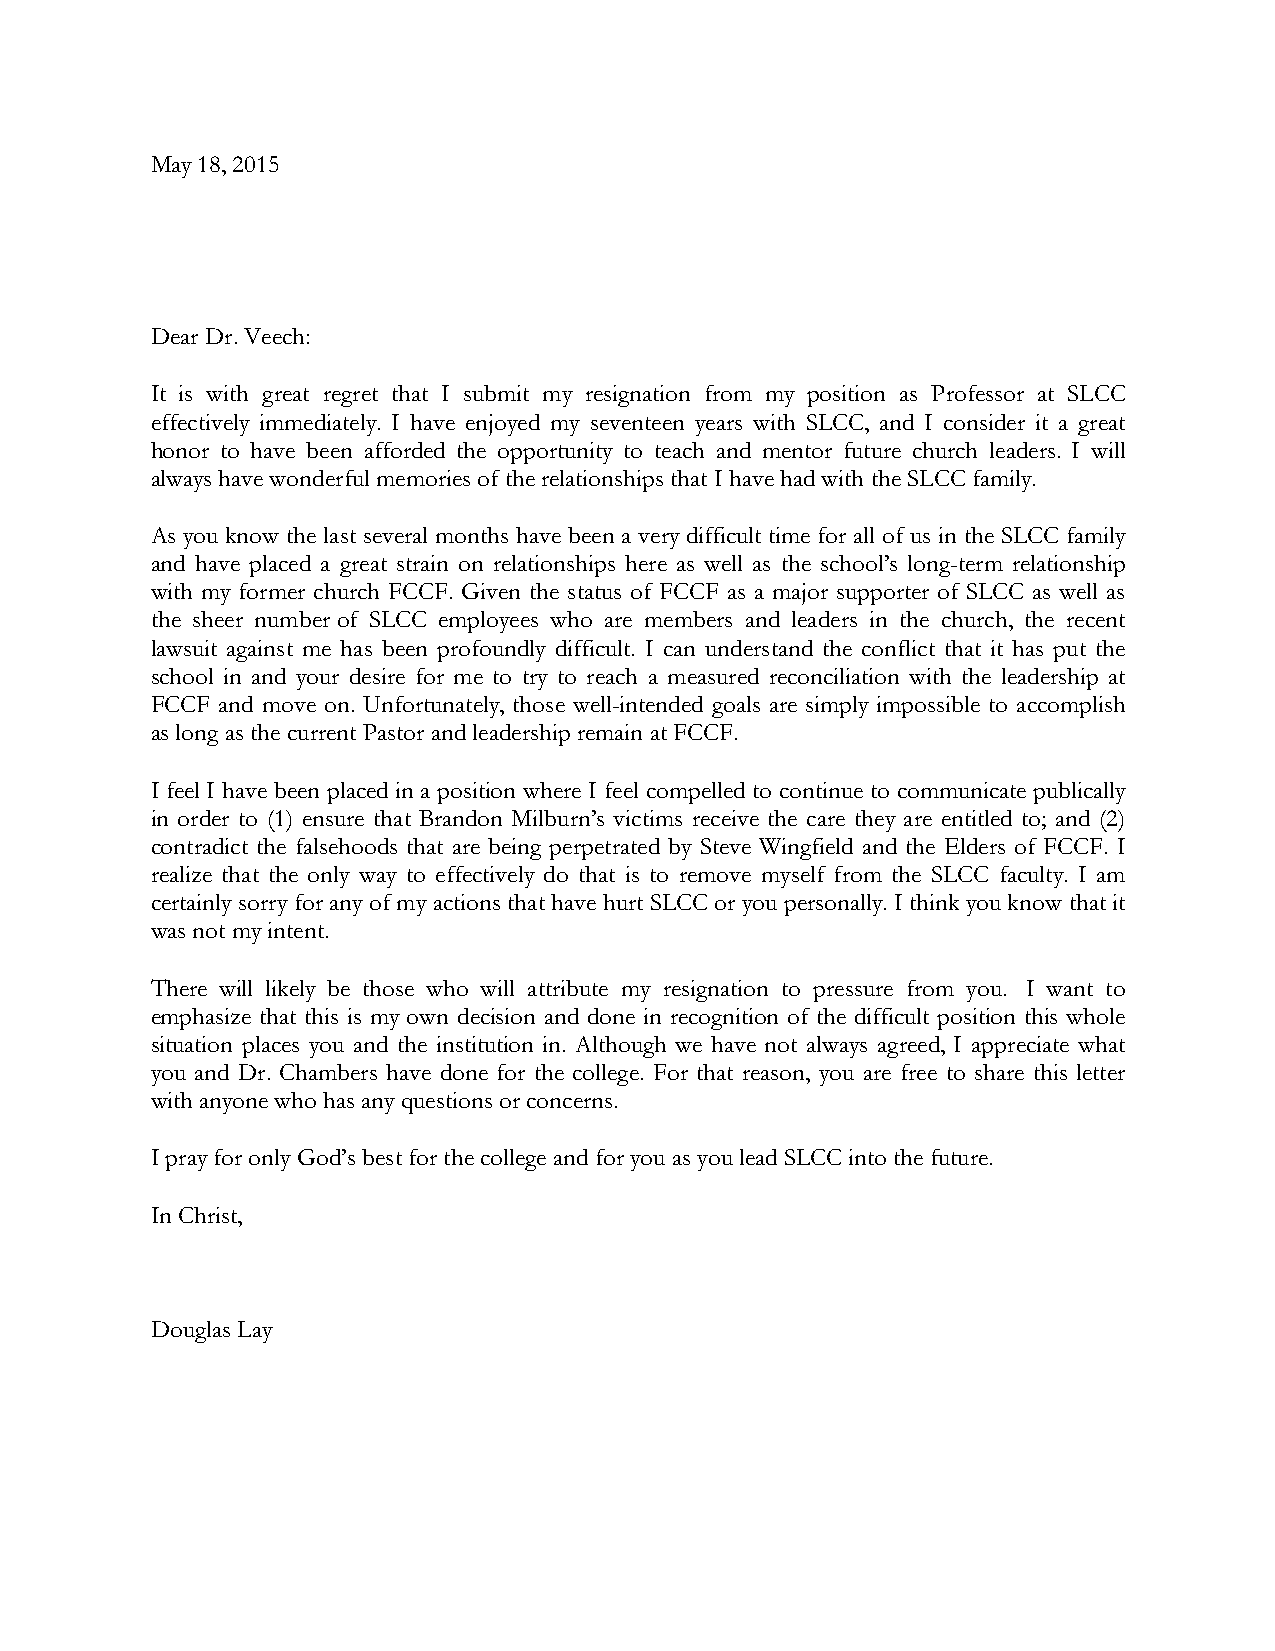
May 18, 2015
 Dear Dr. Veech:
 It is with great regret that I submit my resignation from my position as Professor at SLCC
 effectively immediately. I have enjoyed my seventeen years with SLCC, and I consider it a great
 honor to have been afforded the opportunity to teach and mentor future church leaders. I will
 always have wonderful memories of the relationships that I have had with the SLCC family.
 As you know the last several months have been a very difficult time for all of us in the SLCC family
 and have placed a great strain on relationships here as well as the school’s long-term relationship
 with my former church FCCF. Given the status of FCCF as a major supporter of SLCC as well as
 the sheer number of SLCC employees who are members and leaders in the church, the recent
 lawsuit against me has been profoundly difficult. I can understand the conflict that it has put the
 school in and your desire for me to try to reach a measured reconciliation with the leadership at
 FCCF and move on. Unfortunately, those well-intended goals are simply impossible to accomplish
 as long as the current Pastor and leadership remain at FCCF.
 I feel I have been placed in a position where I feel compelled to continue to communicate publically
 in order to (1) ensure that Brandon Milburn’s victims receive the care they are entitled to; and (2)
 contradict the falsehoods that are being perpetrated by Steve Wingfield and the Elders of FCCF. I
 realize that the only way to effectively do that is to remove myself from the SLCC faculty. I am
 certainly sorry for any of my actions that have hurt SLCC or you personally. I think you know that it
 was not my intent.
 There will likely be those who will attribute my resignation to pressure from you. I want to
 emphasize that this is my own decision and done in recognition of the difficult position this whole
 situation places you and the institution in. Although we have not always agreed, I appreciate what
 you and Dr. Chambers have done for the college. For that reason, you are free to share this letter
 with anyone who has any questions or concerns.
 I pray for only God’s best for the college and for you as you lead SLCC into the future.
 In Christ,
 Douglas Lay